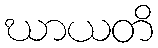
ဃာယတိ